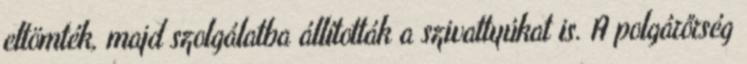
eltömték, majd szolgálatba állították a szivattyúkat is. A polgárőrség